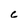
Character: c